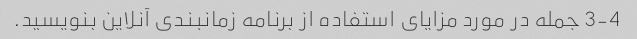
3-4 جمله در مورد مزایای استفاده از برنامه زمانبندی آنلاین بنویسید.